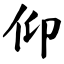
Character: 仰